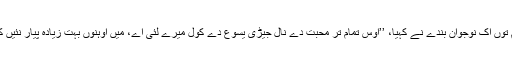
ویت نام توں اِک نوجوان بندے نے کہیا، ’’اُوس تمام تر محبت دے نال جیڑی یسوع دے کول میرے لئی اے، میں اُوہنوں بہت زیادہ پیار نئیں کر سکدا۔